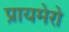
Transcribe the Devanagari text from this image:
प्रायमेरो